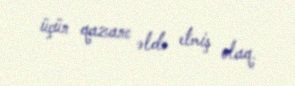
üçün qazanc əldə etmiş olaq.